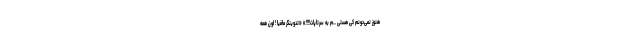
هنوز نمی‌دونم کی هستی ...م به سرتاپات!!!!» «تدوینگر مافیا ! اون همه